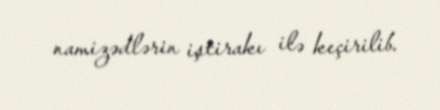
namizədlərin iştirakı ilə keçirilib.